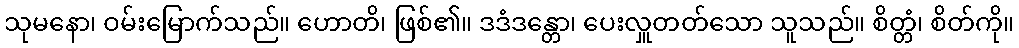
သုမနော၊ ဝမ်းမြောက်သည်။ ဟောတိ၊ ဖြစ်၏။ ဒဒံဒန္တော၊ ပေးလှူတတ်သော သူသည်။ စိတ္တံ၊ စိတ်ကို။